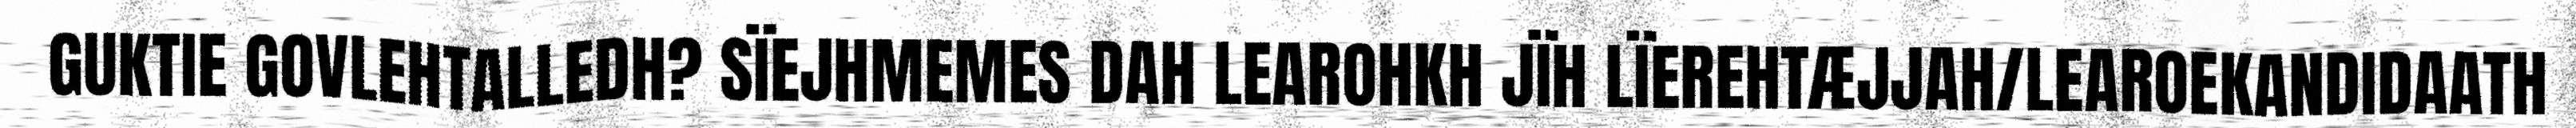
GUKTIE GOVLEHTALLEDH? SÏEJHMEMES DAH LEAROHKH JÏH LÏEREHTÆJJAH/LEAROEKANDIDAATH